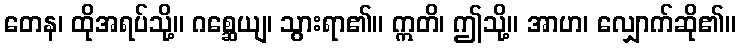
တေန၊ ထိုအရပ်သို့။ ဂစ္ဆေယျ၊ သွားရာ၏။ ဣတိ၊ ဤသို့။ အာဟ၊ လျှောက်ဆို၏။